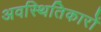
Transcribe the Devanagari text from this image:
अवस्थितिकारों